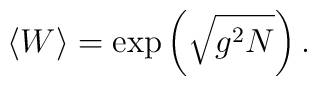
\langle W \rangle = \exp \left( \sqrt{g^2 N} \right) .